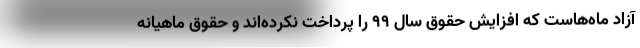
آزاد ماه‌هاست که افزایش حقوق سال ۹۹ را پرداخت نکرده‌اند و حقوق ماهیانه